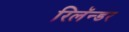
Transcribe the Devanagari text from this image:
रिलॅन्डर